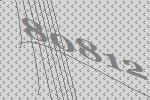
80812